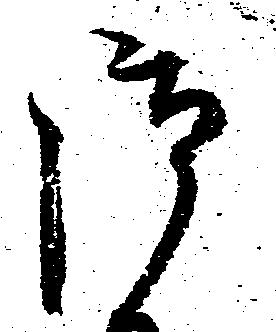
御